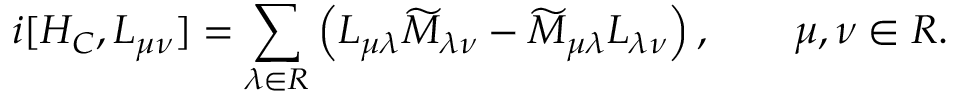
i [ { \cal H } _ { C } , L _ { \mu \nu } ] = \sum _ { \lambda \in { \cal R } } \left( L _ { \mu \lambda } \widetilde { M } _ { \lambda \nu } - \widetilde { M } _ { \mu \lambda } L _ { \lambda \nu } \right) , \qquad \mu , \nu \in { \cal R } .